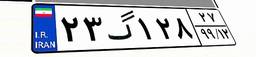
۲۳گ۱۲۸۲۷